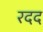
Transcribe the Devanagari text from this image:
रदद